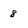
Character: 8